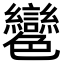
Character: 𦫲